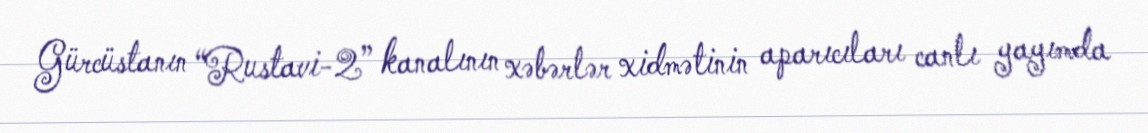
Gürcüstanın “Rustavi-2” kanalının xəbərlər xidmətinin aparıcıları canlı yayımda